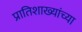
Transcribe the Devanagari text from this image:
प्रातिशाख्यांच्या